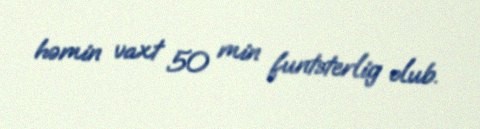
həmin vaxt 50 min funtsterlig olub.